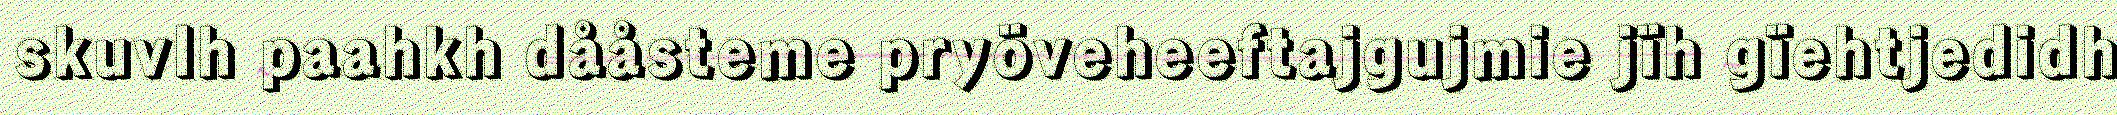
skuvlh paahkh dååsteme pryöveheeftajgujmie jïh gïehtjedidh